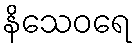
နိသေဝရေ